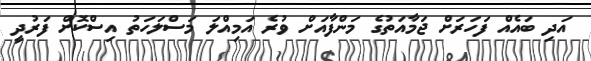
އަދި ބައެއް ފަހަރަށް ޖަމާއަތުގެ މަންފާއަށް ވުރެ އަމިއްލަ މަސްލަހަތު އިސްކޮށް ފަރުދީ